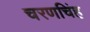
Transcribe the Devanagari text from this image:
चरणचिंह